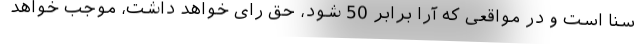
سنا است و در مواقعی که آرا برابر 50 شود، حق رای خواهد داشت، موجب خواهد